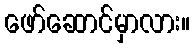
ဖော်ဆောင်မှာလား။